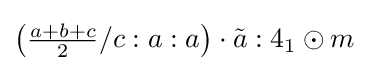
\left({\tfrac {a+b+c}{2}}/c:a:a\right)\cdot {\tilde {a}}:4_{1}\odot m